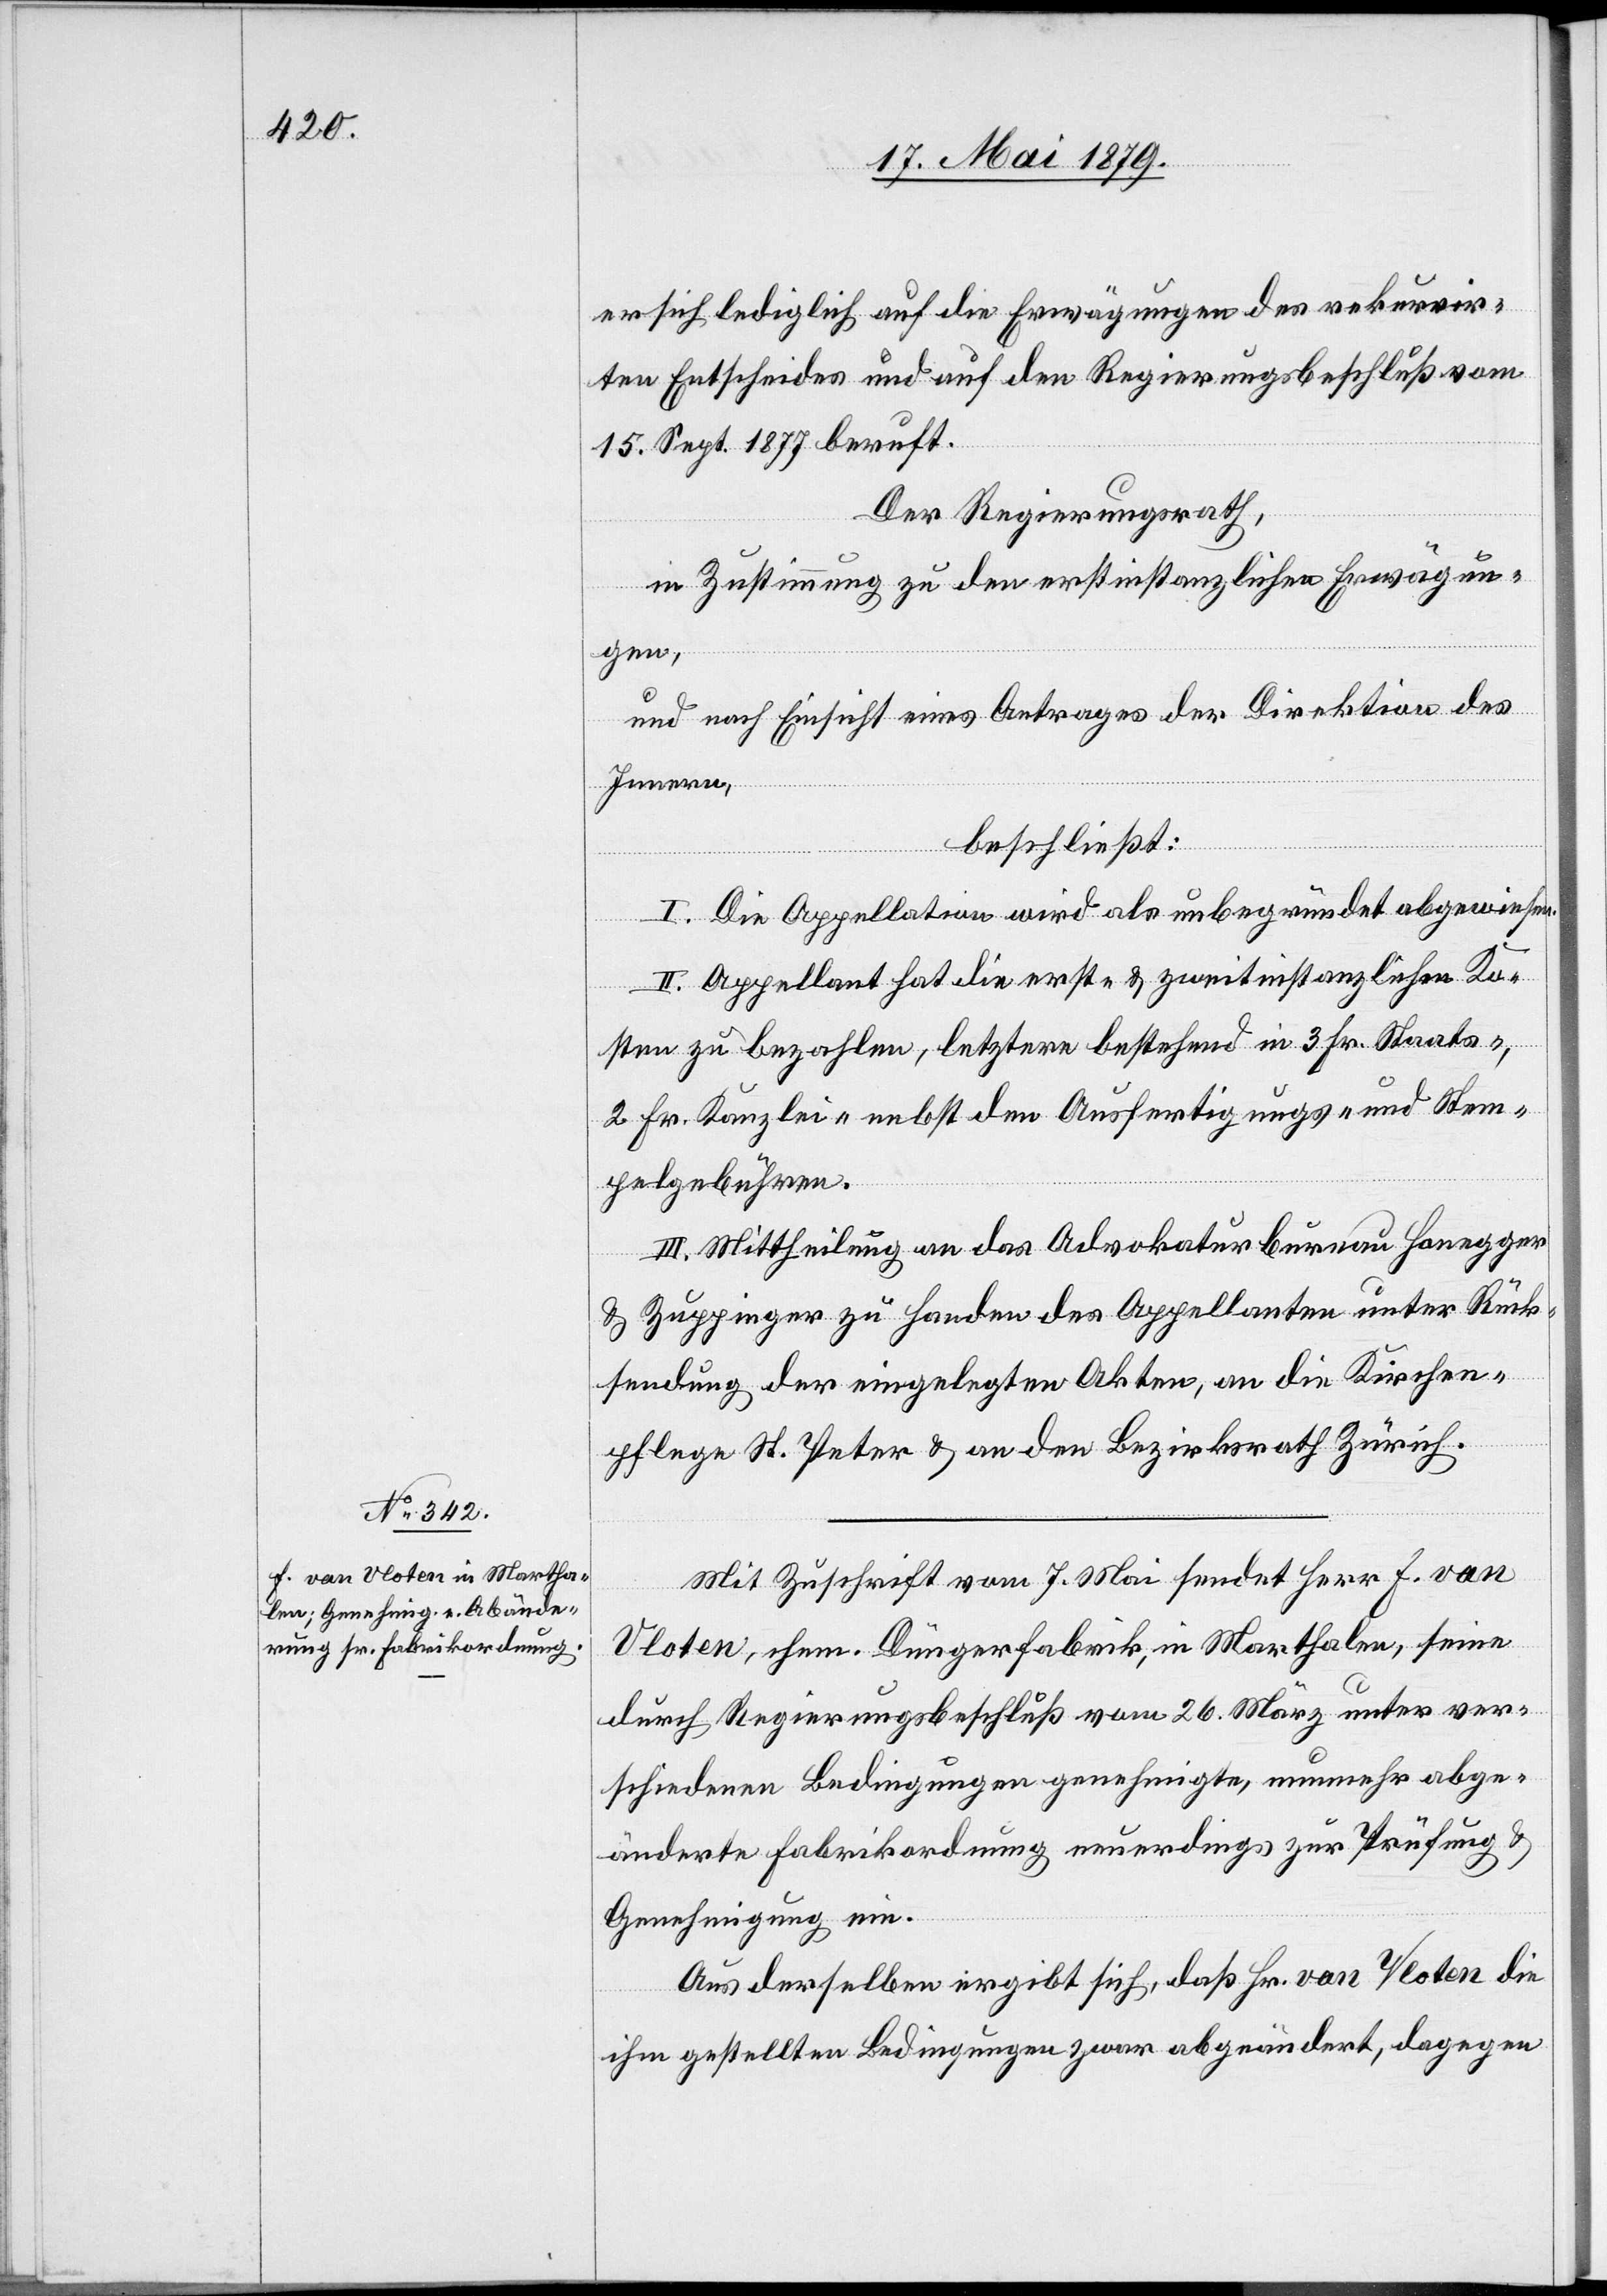
er sich lediglich auf die Erwägungen des rekurrir¬
ten Entscheides und auf den Regierungsbeschluß vom
15. Sept. 1877 beruft.
Der Regierungsrath,
in Zustimmung zu den erstinstanzlichen Erwägun¬
gen,
und nach Einsicht eines Antrages der Direktion des
Innern,
beschließt:
I. Die Appellation wird als unbegründet abgewiesen.
II. Appellant hat die erst- & zweitinstanzlichen Ko¬
sten zu bezahlen, letztere bestehend in 3 Fr. Staats-,
2 Fr. Kanzlei- nebst den Ausfertigungs- und Stem¬
pelgebühren.
III. Mittheilung an das Advokaturbureau Honegger
& Zuppinger zu Handen des Appellanten unter Rück¬
sendung der eingelegten Akten, an die Kirchen¬
pflege St. Peter & an den Bezirksrath Zürich.
Mit Zuschrift vom 7. Mai sendet Herr F. van
Vloten, chem. Düngerfabrik, in Marthalen, seine
durch Regierungsbeschluß vom 26. März unter ver¬
schiedenen Bedingungen genehmigte, nunmehr abge¬
änderte Fabrikordnung neuerdings zur Prüfung &
Genehmigung ein.
Aus derselben ergibt sich, daß Hr. van Vloten die
ihm gestellten Bedingungen zwar abgeändert, dagegen